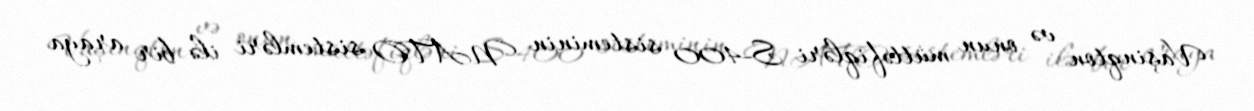
Vaşinqton və onun müttəfiqləri S-400 sisteminin NATO sistemləri ilə bir araya